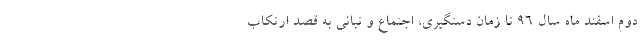
دوم اسفند ماه سال ۹۶ تا زمان دستگیری، اجتماع و تبانی به قصد ارتکاب